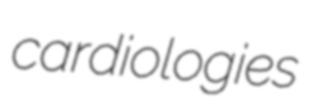
cardiologies